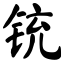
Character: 铳